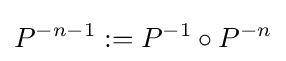
P^{-n-1}:=P^{-1}\circ P^{-n}